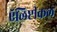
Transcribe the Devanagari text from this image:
ऍलिप्टीकल